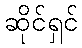
ဆိုင်ရှင်